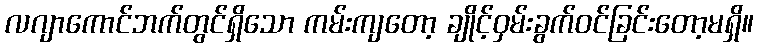
လဂျာကောင်ဘက်တွင်ရှိသော ကမ်းကျတော့ ချိုင့်ဝှမ်းခွက်ဝင်ခြင်းတော့မရှိ။